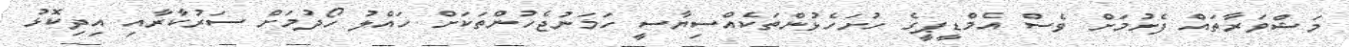
މަޝްވަރާތައް ފެށުމަށް ވެސް އެމްޑީޕީގެ ހުށަހެޅުންތަކެއްސިޔާސީ ހަމަނުޖެހުންތަކަށް ހައްލު ހޯދުމަށް ސަރުކާރާއި އިދިކޮޅު